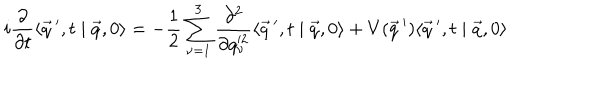
LaTeX: i \frac { \partial } { \partial t } \langle \vec { q } \, ^ { \prime } , t \mid \vec { q } , 0 \rangle = - \frac { 1 } { 2 } \sum _ { \nu = 1 } ^ { 3 } \frac { \partial ^ { 2 } } { \partial q _ { \nu } ^ { 2 } } \langle \vec { q } \, ^ { \prime } , t \mid \vec { q } , 0 \rangle + V ( \vec { q } \, ^ { \prime } ) \langle \vec { q } \, ^ { \prime } , t \mid \vec { q } , 0 \rangle